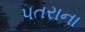
પતરાના